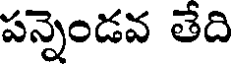
పన్నెండవ తేది